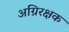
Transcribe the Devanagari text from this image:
अग्निरक्षक